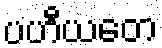
ပဟီယတေ